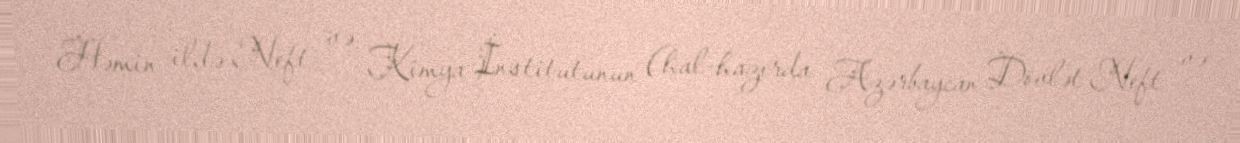
Həmin ildə Neft və Kimya İnstitutunun (hal-hazırda Azərbaycan Dövlət Neft və